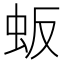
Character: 𬟸